画像に写った文字を読んでください
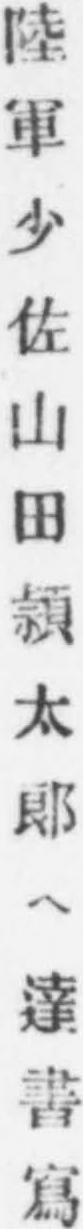
「陸軍少佐山田頴太郎ヘ達書寫」と書いてあります